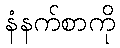
နံနက်စာကို